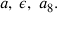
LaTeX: a , \; \epsilon , \; a _ { 8 } .